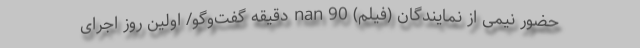
حضور نیمی از نمایندگان (فیلم) nan 90 دقیقه گفت‌وگو/ اولین روز اجرای